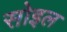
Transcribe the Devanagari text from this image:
सोइल